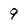
Character: 9